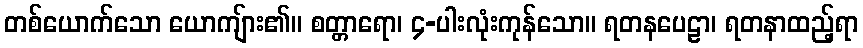
တစ်ယောက်သော ယောကျ်ား၏။ စတ္တာရော၊ ၄-ပါးလုံးကုန်သော။ ရတနပေဠာ၊ ရတနာထည့်ရာ